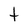
Character: t